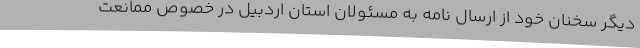
دیگر سخنان خود از ارسال نامه به مسئولان استان اردبیل در خصوص ممانعت